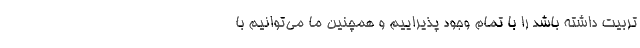
تربیت داشته باشد را با تمام وجود پذیراییم و همچنین ما می‌توانیم با